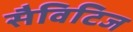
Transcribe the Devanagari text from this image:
सैविटिज